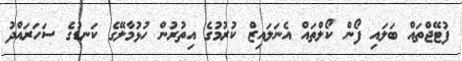
ފުޓޭޖްތައް ބަލައި ފޯން ކޯލްތައް އެނަލައިޒް ކުރުމުގެ އިތުރުން ހުޅުމާލޭގެ ކަނޑުގެ ސަހަރައްދު